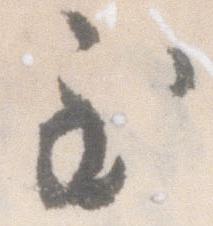
至